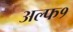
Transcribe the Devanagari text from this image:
अल्फ१